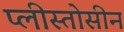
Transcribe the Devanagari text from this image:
प्लीस्तोसीन